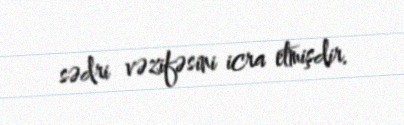
sədri vəzifəsini icra etmişdir.